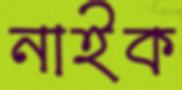
নাইক